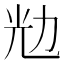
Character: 𰃌